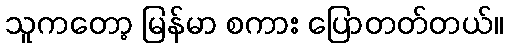
သူကတော့ မြန်မာ စကား ပြောတတ်တယ်။